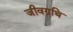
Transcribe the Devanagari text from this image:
जीवग्रथि